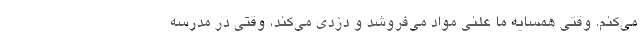
می‌کنم. وقتی همسایه ما علنی مواد می‌فروشد و دزدی می‌کند، وقتی در مدرسه